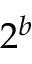
2 ^ { b }